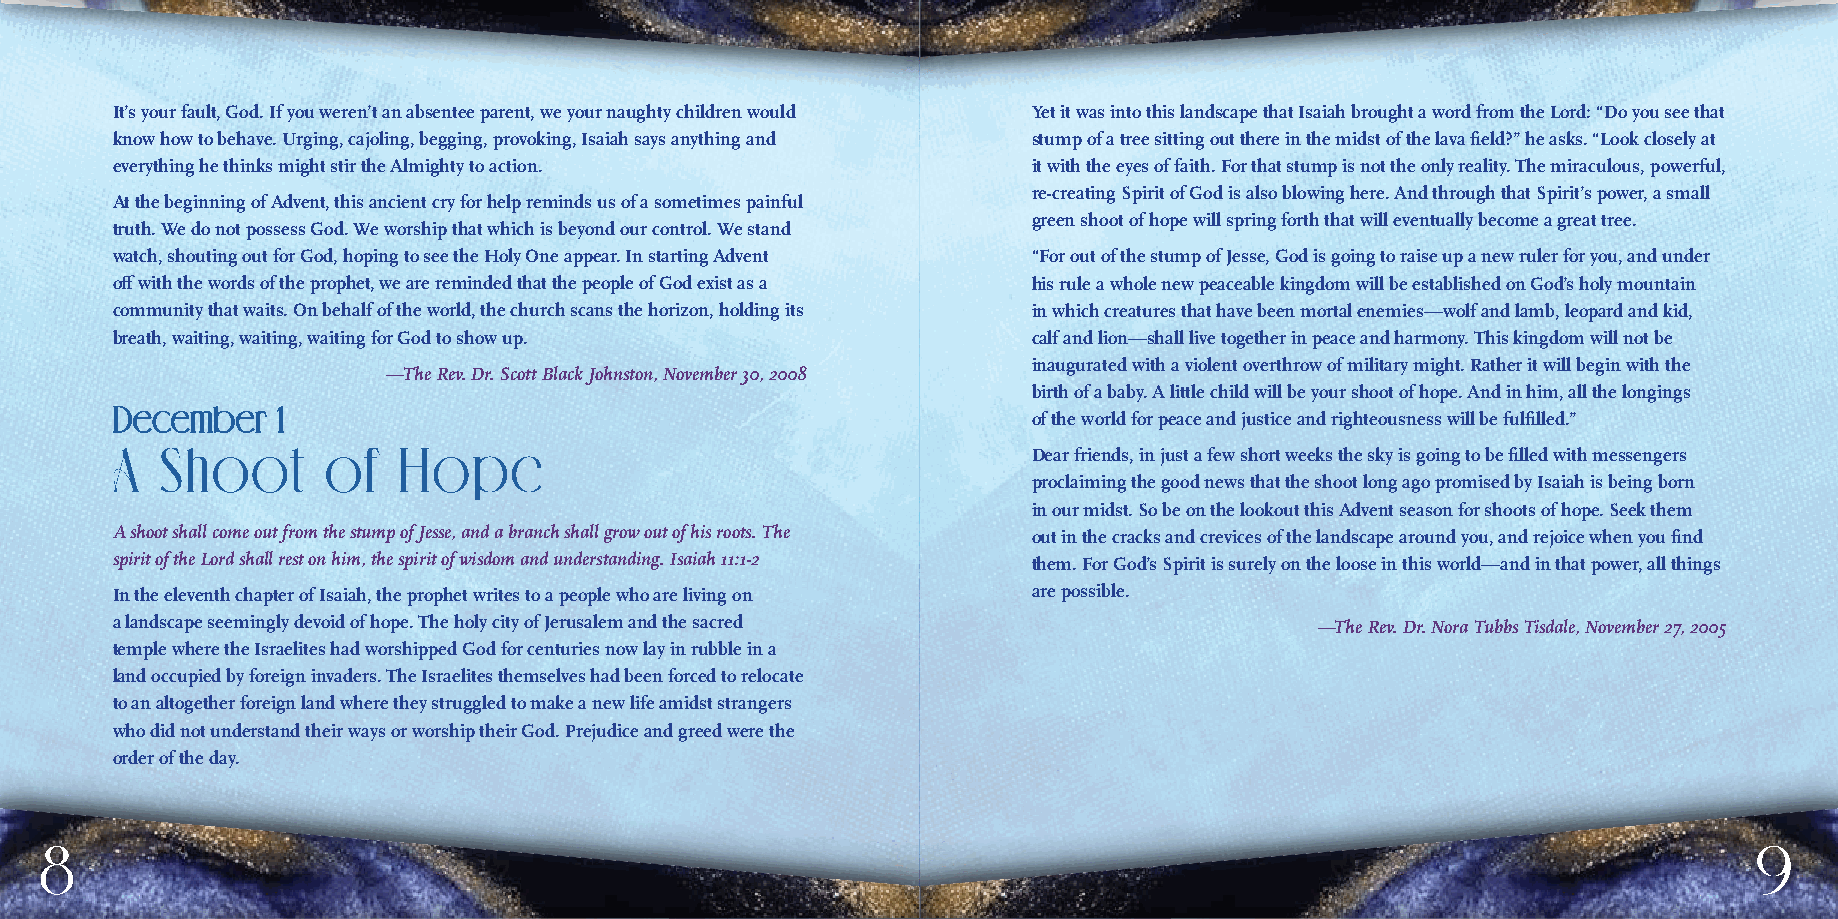
It’s your fault, God. If you weren’t an absentee parent, we your naughty children would Yet it was into this landscape that Isaiah brought a word from the Lord: “Do you see that
 know how to behave. Urging, cajoling, begging, provoking, Isaiah says anything and stump of a tree sitting out there in the midst of the lava field?” he asks. “Look closely at
 everything he thinks might stir the Almighty to action.      it with the eyes of faith. For that stump is not the only reality. The miraculous, powerful,
 re-creating Spirit of God is also blowing here. And through that Spirit’s power, a small
 At the beginning of Advent, this ancient cry for help reminds us of a sometimes painful
 green shoot of hope will spring forth that will eventually become a great tree.
 truth. We do not possess God. We worship that which is beyond our control. We stand
 watch, shouting out for God, hoping to see the Holy One appear. In starting Advent “For out of the stump of Jesse, God is going to raise up a new ruler for you, and under
 off with the words of the prophet, we are reminded that the people of God exist as a his rule a whole new peaceable kingdom will be established on God’s holy mountain
 community that waits. On behalf of the world, the church scans the horizon, holding its in which creatures that have been mortal enemies—wolf and lamb, leopard and kid,
 breath, waiting, waiting, waiting for God to show up.        calf and lion—shall live together in peace and harmony. This kingdom will not be
 inaugurated with a violent overthrow of military might. Rather it will begin with the
 —The Rev. Dr. Scott Black Johnston, November 30, 2008
 birth of a baby. A little child will be your shoot of hope. And in him, all the longings
 DDeecceemmbbeerr 11
 of the world for peace and justice and righteousness will be fulfilled.”
 A   Shoot     of   Hope
 Dear friends, in just a few short weeks the sky is going to be filled with messengers
 proclaiming the good news that the shoot long ago promised by Isaiah is being born
 in our midst. So be on the lookout this Advent season for shoots of hope. Seek them
 A shoot shall come out from the stump of Jesse, and a branch shall grow out of his roots. The out in the cracks and crevices of the landscape around you, and rejoice when you find
 spirit of the Lord shall rest on him, the spirit of wisdom and understanding. Isaiah 11:1-2 them. For God’s Spirit is surely on the loose in this world—and in that power, all things
 In the eleventh chapter of Isaiah, the prophet writes to a people who are living on are possible.
 a landscape seemingly devoid of hope. The holy city of Jerusalem and the sacred —The Rev. Dr. Nora Tubbs Tisdale, November 27, 2005
 temple where the Israelites had worshipped God for centuries now lay in rubble in a
 land occupied by foreign invaders. The Israelites themselves had been forced to relocate
 to an altogether foreign land where they struggled to make a new life amidst strangers
 who did not understand their ways or worship their God. Prejudice and greed were the
 order of the day.
 8                                                                                                                9